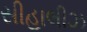
સીહાલીઝ